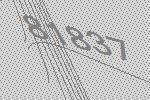
81837